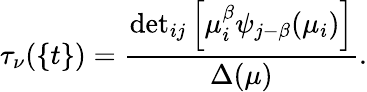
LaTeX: \tau_{\nu}(\{ t\} )=\frac{{{\operatorname*{det}}_{ij}\left[\mu_{i}^{\beta}\psi_{j-\beta}(\mu_{i})\right]}}{\Delta(\mu)}.